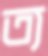
ত্য